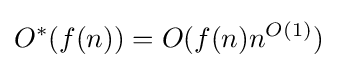
O^{*}(f(n))=O(f(n)n^{O(1)})